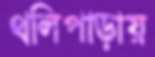
থলিপাড়ায়